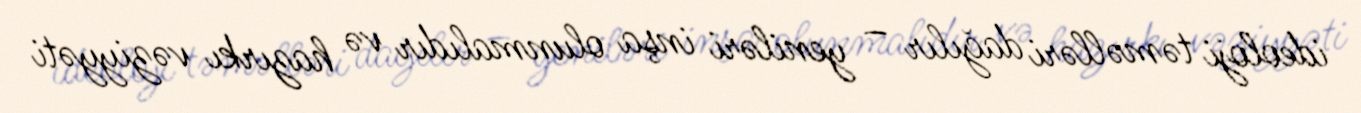
ideoloji təməlləri dağılır – yeniləri inşa olunmalıdır və hazırkı vəziyyəti